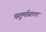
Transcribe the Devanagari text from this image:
चतुर्मासाला